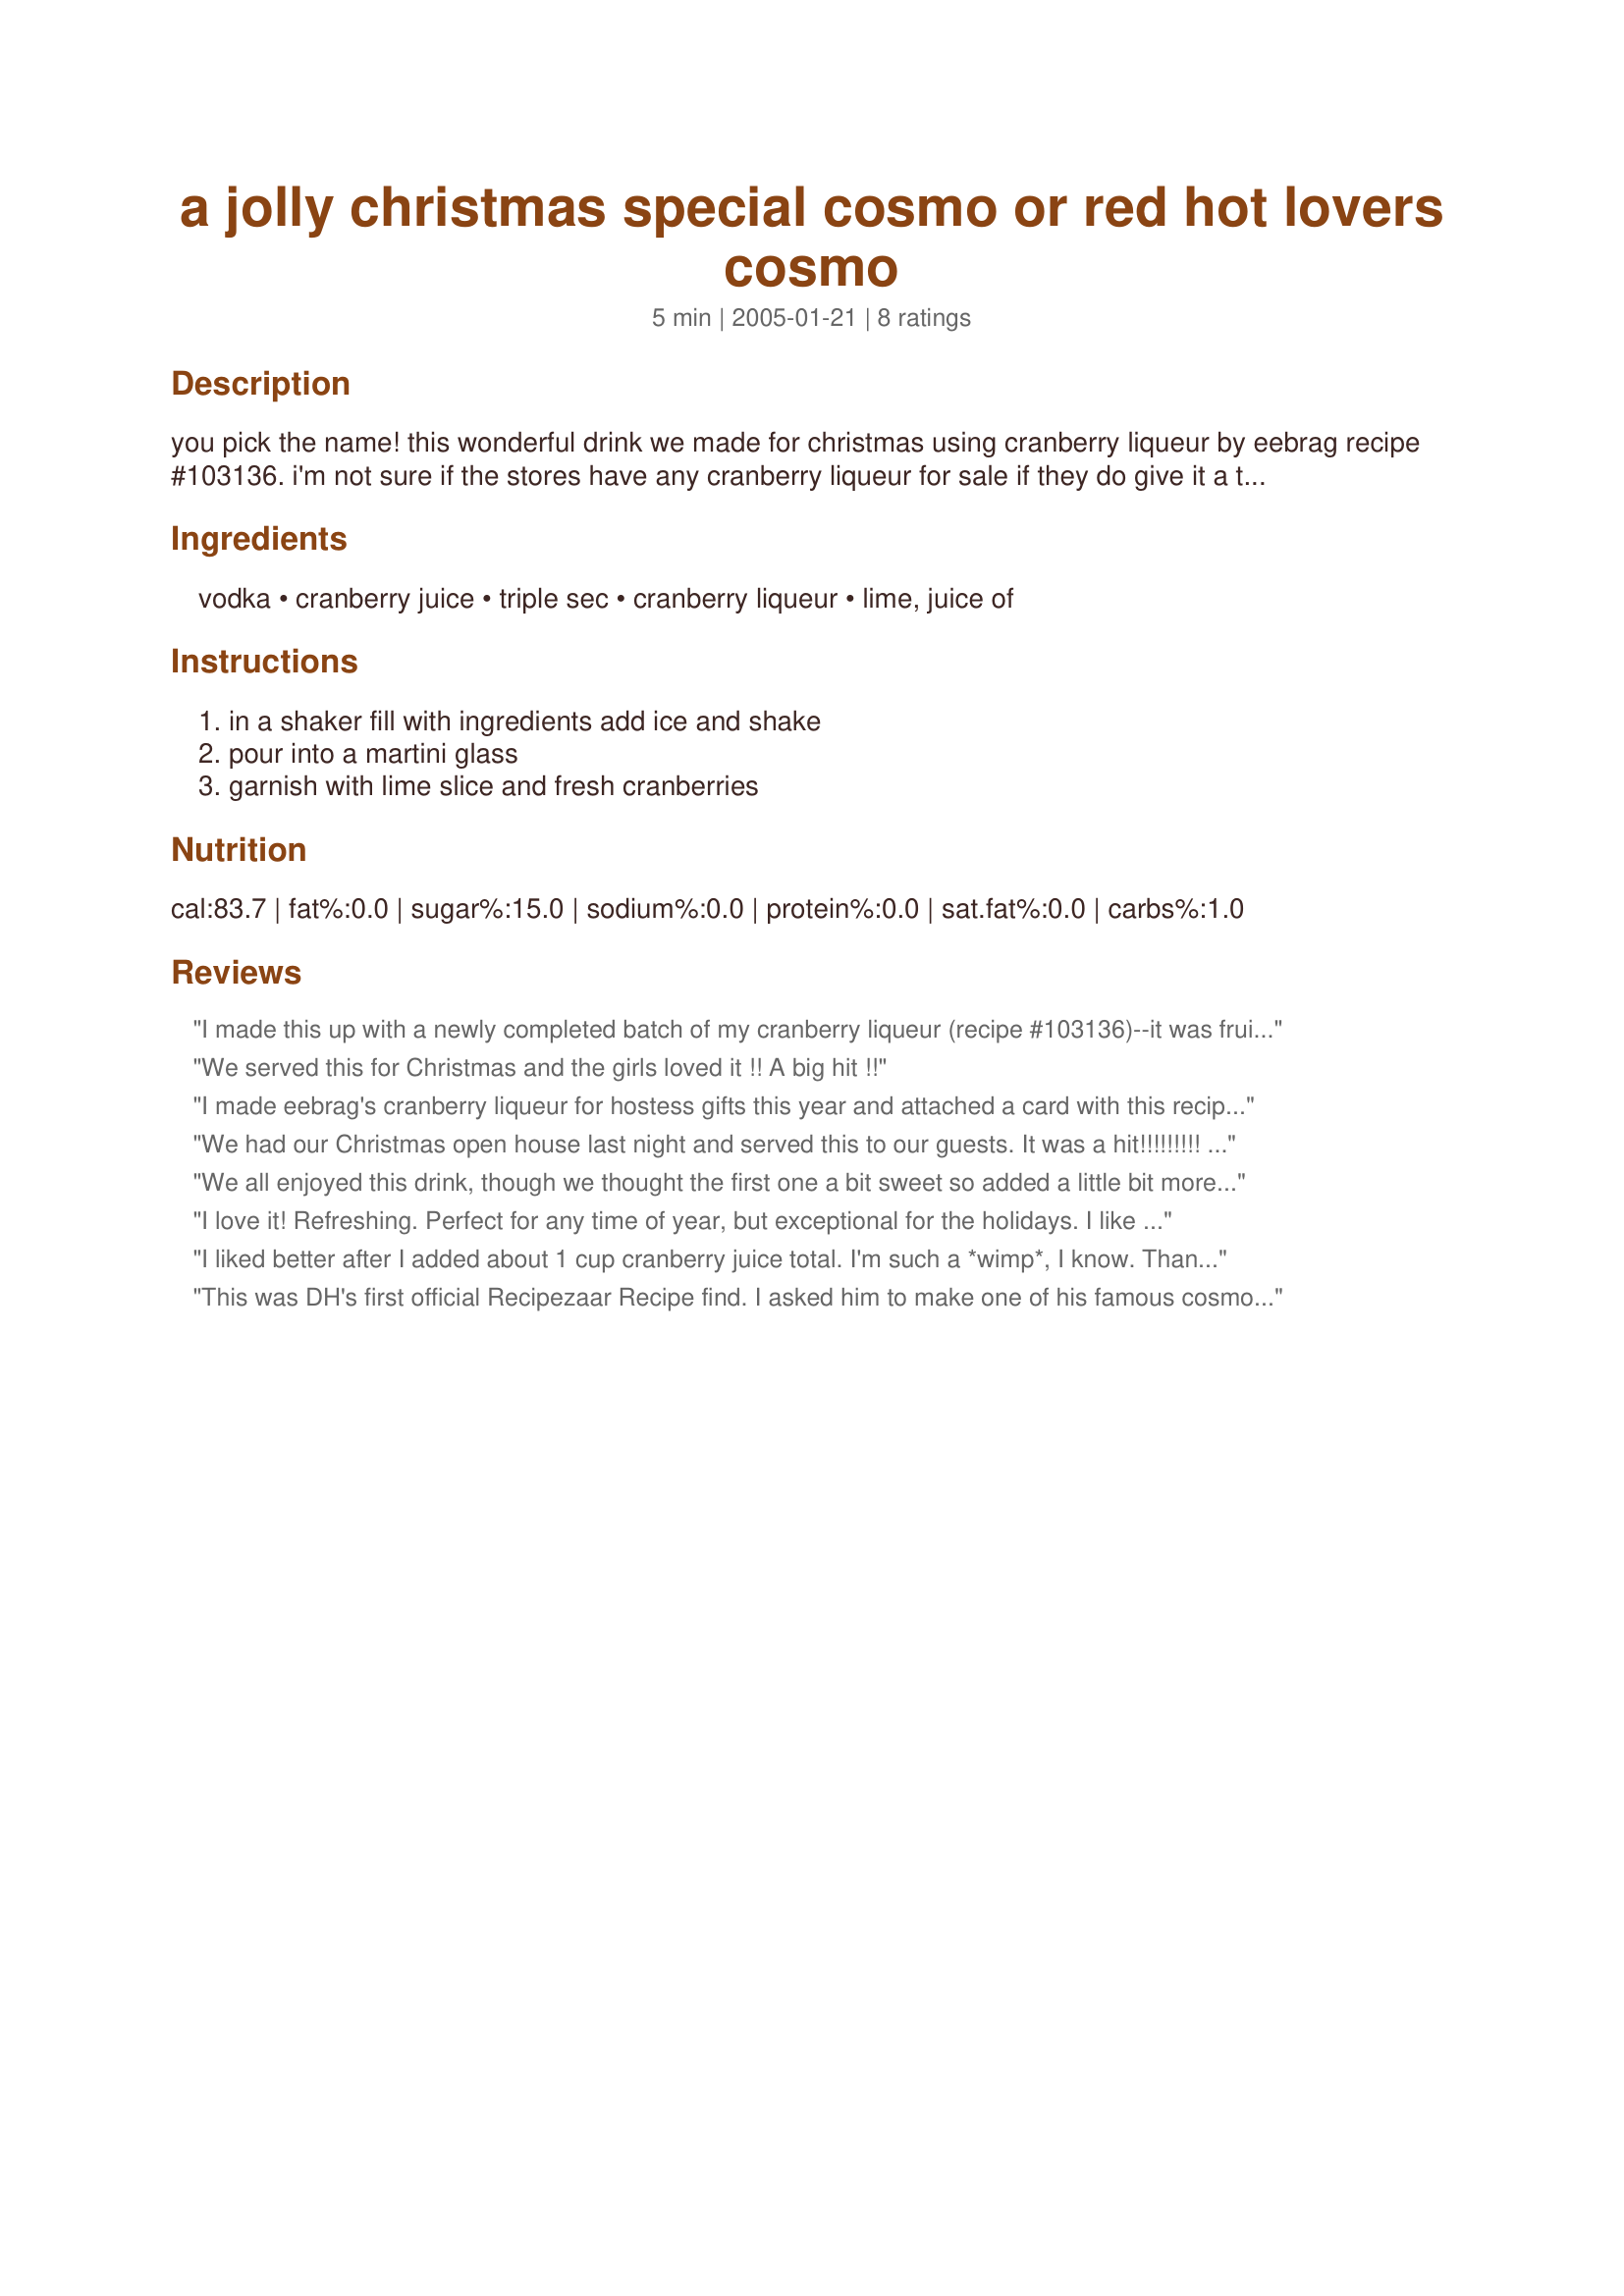
a jolly christmas special cosmo or red hot lovers cosmo
Preparation time: 5 minutes

you pick the name! this wonderful drink we made for christmas using cranberry liqueur by eebrag recipe #103136. i'm not sure if the stores have any cranberry liqueur for sale if they do give it a try if you can't wait to make the liqueur by eebrag. this would be great for valentines days!

Ingredients:
vodka, cranberry juice, triple sec, cranberry liqueur, lime, juice of

Steps:
in a shaker fill with ingredients add ice and shake, pour into a martini glass, garnish with lime slice and fresh cranberries

Reviews:
I made this up with a newly completed batch of my cranberry liqueur (recipe #103136)--it was fruity and delicious. From now on I will give the recipe for this drink along with the liqueur when I give it as a gift. Thanks, Rita, for doing my liqueur proud. This was wonderful!
We served this for Christmas and the girls loved it !! A big hit !!
I made eebrag's cranberry liqueur for hostess gifts this year and attached a card with this recipe to the bottle. It was a big hit. Everyone loved the liqueur and the cosmo you make with it! Thanks.
We had our Christmas open house last night and served this to our guests. It was a hit!!!!!!!!! This recipe is a keeper, along with the sangria. Both are must haves!
We all enjoyed this drink, though we thought the first one a bit sweet so added a little bit more cranberry concentrate and lime juice to the second. The whole cranberry liquour process was a bit time consuming to get to the end product and we prefered it at the cranberry vodka stage, so I think the next time around I would stop at that and just add some simple syrup to create this drink. Thanks Rita for another lovely cocktail. Made for "Let's P-A-R-T-Y! ~2010"
I love it! Refreshing. Perfect for any time of year, but exceptional for the holidays. I like how you can taste each ingredient but not one flavor being over powering.
I liked better after I added about 1 cup cranberry juice total. I'm such a *wimp*, I know. Thanks for posting. Made for *Christmas Spelling Bee * game 2007
This was DH's first official Recipezaar Recipe find. I asked him to make one of his famous cosmos, and when he served this 'new and improved' version, he confessed he had looked it up on the Zaar. I'm so glad he did b/c this is a better version of the classic.
